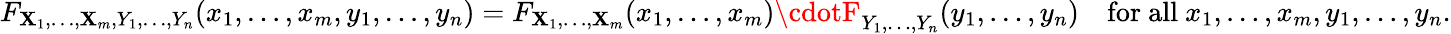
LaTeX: F_{\mathbf{X}_{1},\ldots,\mathbf{X}_{m},Y_{1},\ldots,Y_{n}}(x_{1},\ldots,x_{m},y_{1},\ldots,y_{n})=F_{\mathbf{X}_{1},\ldots,\mathbf{X}_{m}}(x_{1},\ldots,x_{m})\cdotF_{Y_{1},\ldots,Y_{n}}(y_{1},\ldots,y_{n})\quad{\mathrm{{for~all~}}}x_{1},\ldots,x_{m},y_{1},\ldots,y_{n}.